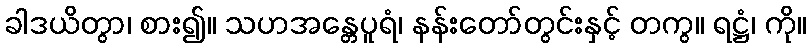
ခါဒယိတွာ၊ စား၍။ သဟအန္တေပူရံ၊ နန်းတော်တွင်းနှင့် တကွ။ ရဋ္ဌံ၊ ကို။